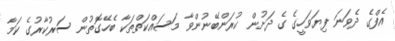
އެފްގެ ދެވަނަ ފިޔަވަހީގެ ގެ ދަށުން ކުރަންބޭނުންވާ މަސައްކަތްތަކާ ބެހޭގޮތުން ސަރުކާރުގެ ކަމާ